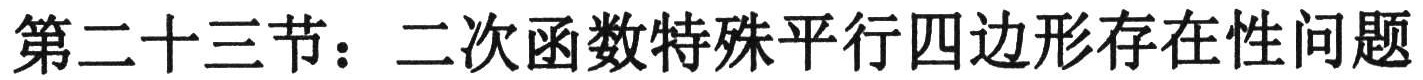
第二十三节：二次函数特殊平行四边形存在性问题